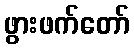
ဖွားဖက်တော်